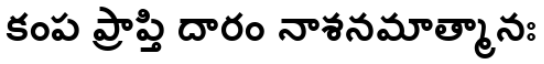
కంప ప్రాప్తి దారం నాశనమాత్మానః